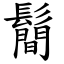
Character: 鬝